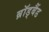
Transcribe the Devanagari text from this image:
ब्रॉड्बैंड